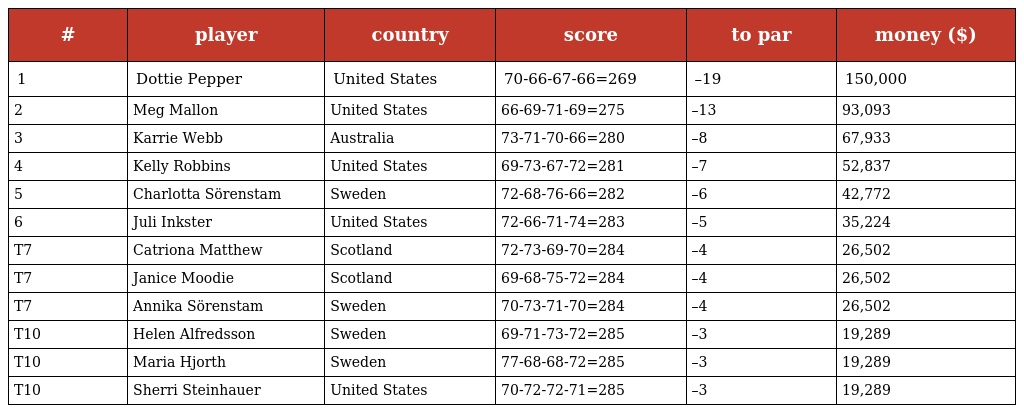
| # | player | country | score | to par | money ($) |
 | --- | --- | --- | --- | --- | --- |
 | 1 | Dottie Pepper | United States | 70-66-67-66=269 | –19 | 150,000 |
 | 2 | Meg Mallon | United States | 66-69-71-69=275 | –13 | 93,093 |
 | 3 | Karrie Webb | Australia | 73-71-70-66=280 | –8 | 67,933 |
 | 4 | Kelly Robbins | United States | 69-73-67-72=281 | –7 | 52,837 |
 | 5 | Charlotta Sörenstam | Sweden | 72-68-76-66=282 | –6 | 42,772 |
 | 6 | Juli Inkster | United States | 72-66-71-74=283 | –5 | 35,224 |
 | T7 | Catriona Matthew | Scotland | 72-73-69-70=284 | –4 | 26,502 |
 | T7 | Janice Moodie | Scotland | 69-68-75-72=284 | –4 | 26,502 |
 | T7 | Annika Sörenstam | Sweden | 70-73-71-70=284 | –4 | 26,502 |
 | T10 | Helen Alfredsson | Sweden | 69-71-73-72=285 | –3 | 19,289 |
 | T10 | Maria Hjorth | Sweden | 77-68-68-72=285 | –3 | 19,289 |
 | T10 | Sherri Steinhauer | United States | 70-72-72-71=285 | –3 | 19,289 |